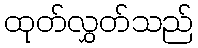
ထုတ်လွှတ်သည်